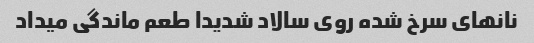
نانهای سرخ شده روی سالاد شدیدا طعم ماندگی میداد